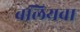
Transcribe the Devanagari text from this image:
बलियवा